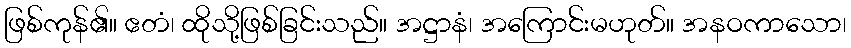
ဖြစ်ကုန်၏။ ဧတံ၊ ထိုသို့ဖြစ်ခြင်းသည်။ အဋ္ဌာနံ၊ အကြောင်းမဟုတ်။ အနဝကာသော၊